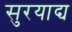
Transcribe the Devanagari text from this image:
सुरयाद्य